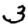
Digit: 3